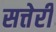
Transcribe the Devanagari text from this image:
सत्तेरी